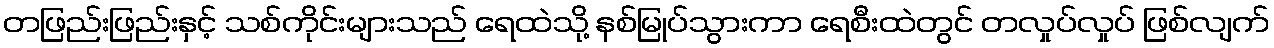
တဖြည်းဖြည်းနှင့် သစ်ကိုင်းများသည် ရေထဲသို့ နစ်မြုပ်သွားကာ ရေစီးထဲတွင် တလှုပ်လှုပ် ဖြစ်လျက်